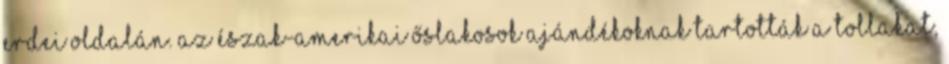
erdei oldalán. Az észak-amerikai őslakosok ajándékoknak tartották a tollakat,